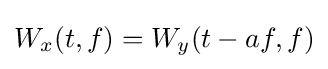
W_{x}(t,f)=W_{y}(t-af,f)